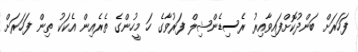
ފަހަރަށް ބަންދުކޮށްފައިވާއިރު ރެސިޑެންޝިލް ފަރުވާގެ ހަ މީހުންގެ ތެރެއިން އެކަކު ތިން ފަހަރަށް